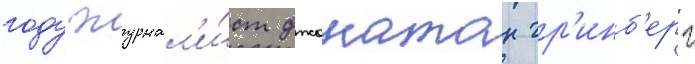
году журнал'и́ст джонатан гр'инб'ерг